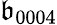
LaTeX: \mathfrak{b}_{0004}